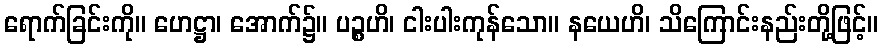
ရောက်ခြင်းကို။ ဟေဋ္ဌာ၊ အောက်၌။ ပဉ္စဟိ၊ ငါးပါးကုန်သော။ နယေဟိ၊ သိကြောင်းနည်းတို့ဖြင့်။